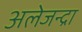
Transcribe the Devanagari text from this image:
अलेजन्द्रा